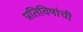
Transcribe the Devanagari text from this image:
प्रतिविषांची